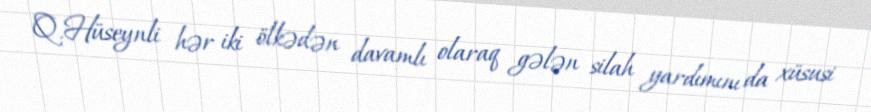
Q.Hüseynli hər iki ölkədən davamlı olaraq gələn silah yardımını da xüsusi